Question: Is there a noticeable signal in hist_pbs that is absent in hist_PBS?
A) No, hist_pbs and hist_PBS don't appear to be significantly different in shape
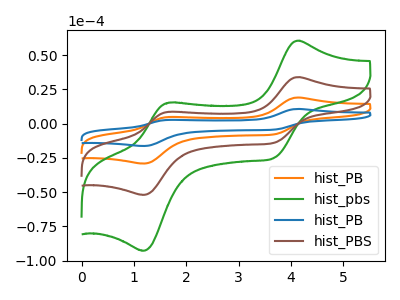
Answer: <think>The orange curve "hist_PB" has anodic peaks at (4.10V, 67.90uA) (1.65V, 17.15uA) and cathodic peaks at (3.70V, -28.10uA) (1.20V, -104.10uA). The green curve "hist_pbs" has anodic peaks at (4.10V, 60.55uA) (1.65V, 15.30uA) and cathodic peaks at (3.70V, -25.05uA) (1.20V, -92.80uA). The blue curve "hist_PB" has anodic peaks at (4.10V, 101.85uA) (1.65V, 25.75uA) and cathodic peaks at (3.70V, -42.15uA) (1.20V, -156.10uA). The brown curve "hist_PBS" has anodic peaks at (4.10V, 33.95uA) (1.65V, 8.60uA) and cathodic peaks at (3.70V, -14.05uA) (1.20V, -52.05uA).
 All the peaks in "hist_pbs" have a peak in "hist_PBS" at the same potential. Every peak in "hist_pbs" is higher than every peak in "hist_PBS".</think>
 <answer>A) No, "hist_pbs" and "hist_PBS" don't appear to be significantly different in shape</answer>
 <eval>A</eval>